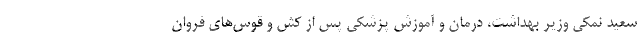
سعید نمکی وزیر بهداشت، درمان و آموزش پزشکی پس از کش و قوس‌های فروان